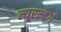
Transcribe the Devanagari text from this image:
न्यूरम्बर्ग